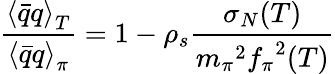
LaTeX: \frac{{\langle\bar{q}q\rangle}_{T}}{{\langle\bar{q}q\rangle}_{\pi}}=1-\rho_{s}\frac{\sigma_{N}(T)}{{m_{\pi}}^{2}{f_{\pi}}^{2}(T)}